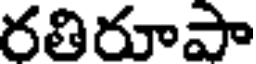
రతిరూపా